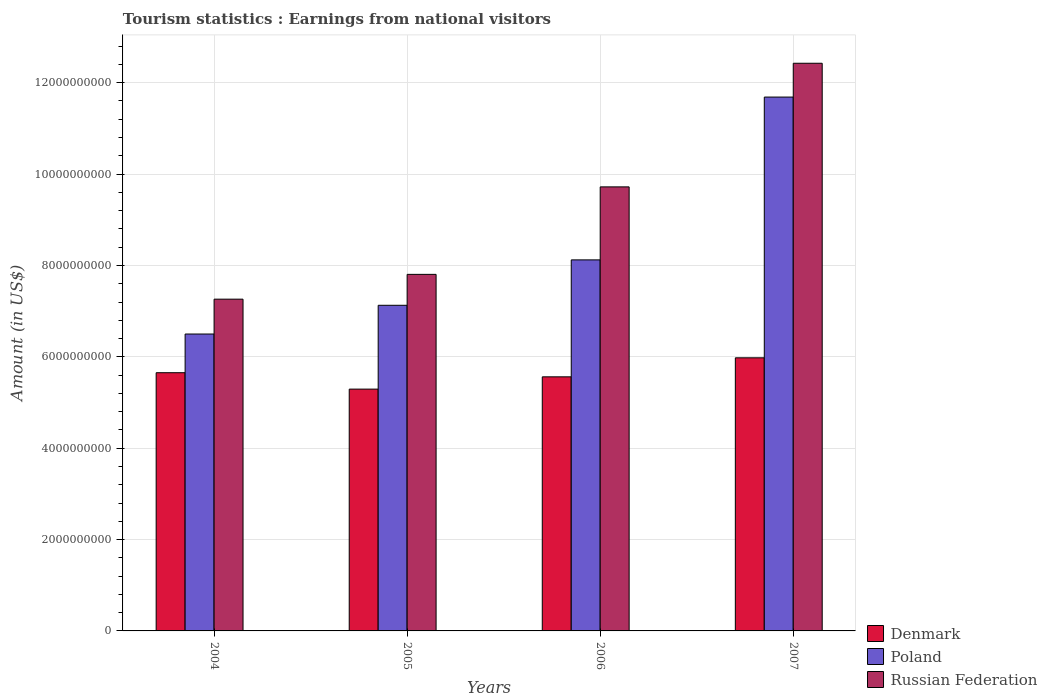
| Years | Denmark | Poland | Russian Federation |
 | --- | --- | --- | --- |
 | 2004 | 5.65e+09 | 6.5e+09 | 7.26e+09 |
 | 2005 | 5.29e+09 | 7.13e+09 | 7.80e+09 |
 | 2006 | 5.56e+09 | 8.12e+09 | 9.72e+09 |
 | 2007 | 5.98e+09 | 1.17e+10 | 1.24e+10 |